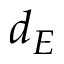
d _ { E }